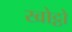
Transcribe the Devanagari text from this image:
खोट्ठो